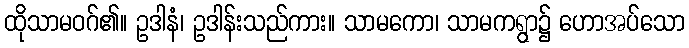
ထိုသာမဝဂ်၏။ ဥဒါနံ၊ ဥဒါန်းသည်ကား။ သာမကော၊ သာမကရွာ၌ ဟောအပ်သော